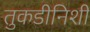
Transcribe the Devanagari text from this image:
तुकडीनिशी